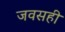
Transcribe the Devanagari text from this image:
जवसही